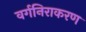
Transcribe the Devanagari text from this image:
वर्गनिराकरण